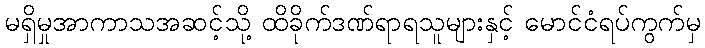
မရှိမှုအာကာသအဆင့်သို့ ထိခိုက်ဒဏ်ရာရသူများနှင့် မောင်ငံရပ်ကွက်မှ